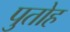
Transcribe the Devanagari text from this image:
पुतोह